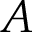
A